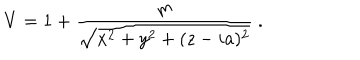
V = 1 + { \frac { m } { \sqrt { x ^ { 2 } + y ^ { 2 } + ( z - i a ) ^ { 2 } } } } \ .